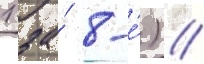
1 за́ 8-е́) //